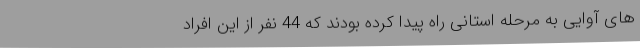
های آوایی به مرحله استانی راه پیدا کرده بودند که 44 نفر از این افراد